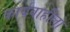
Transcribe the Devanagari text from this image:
कार्यवाहीला